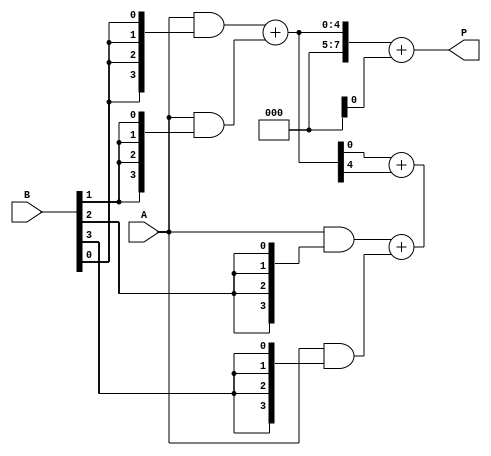
module wallace_tree_multiplier #(
    parameter A_WIDTH = 4,  // Width of input A
    parameter B_WIDTH = 4   // Width of input B
)(
    input [A_WIDTH-1:0] A,
    input [B_WIDTH-1:0] B,
    output reg [A_WIDTH + B_WIDTH - 1:0] P
);

    // Generate partial products
    wire [A_WIDTH-1:0] pp[B_WIDTH-1:0]; // Partial products
    genvar i, j;
    generate
        for (i = 0; i < B_WIDTH; i = i + 1) begin : partial_product_gen
            assign pp[i] = A & {A_WIDTH{B[i]}};
        end
    endgenerate

    // Wallace tree reduction
    wire [A_WIDTH + B_WIDTH - 1:0] sum[2:0]; // To store sums at different stages
    wire [A_WIDTH + B_WIDTH - 1:0] carry[2:0]; // To store carries at different stages
    wire [A_WIDTH + B_WIDTH - 1:0] final_sum, final_carry;

    // Stage 1: Reduce partial products using half and full adders
    wire [A_WIDTH-1:0] h_sum, h_carry;
    wire [A_WIDTH-1:0] f_sum, f_carry;

    for (i = 0; i < B_WIDTH; i = i + 2) begin : reduce_stage1
        if (i + 1 < B_WIDTH) begin
            // Use full adders for pairs of partial products
            assign {f_carry, f_sum} = pp[i] + pp[i + 1];
            assign sum[0][i] = f_sum;
            assign carry[0][i] = f_carry;
        end else begin
            // Last element, just pass through
            assign sum[0][i] = pp[i];
            assign carry[0][i] = 0;
        end
    end

    // Stage 2: Combine results from stage 1
    for (i = 0; i < B_WIDTH; i = i + 2) begin : reduce_stage2
        if (i + 1 < B_WIDTH) begin
            // Use full adders for pairs of sums and carries
            assign {f_carry, f_sum} = sum[0][i] + carry[0][i];
            assign sum[1][i] = f_sum;
            assign carry[1][i] = f_carry;
        end else begin
            // Last element, just pass through
            assign sum[1][i] = sum[0][i];
            assign carry[1][i] = 0;
        end
    end

    // Final stage: Add the last two sums and carries
    assign final_sum = sum[1][0] + carry[1][0];
    assign final_carry = carry[1][1];

    // Final result
    always @(*) begin
        P = final_sum + final_carry;
    end

endmodule